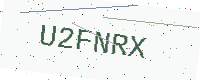
Text: U2FNRX